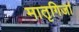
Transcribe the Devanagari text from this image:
मातृगिर्जा